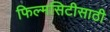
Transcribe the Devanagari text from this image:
फिल्मसिटीसाठी